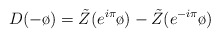
\begin{align*}D(-\o)=\tilde{Z}(e^{i\pi}\o)-\tilde{Z}(e^{-i\pi}\o)\end{align*}